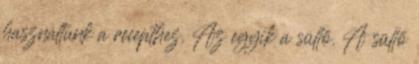
használtunk a recepthez. Az egyik a süllő. A süllő